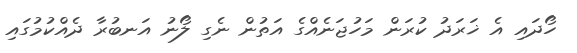
ހޯދައި އެ ޚަރަދު ކުރަން މަހުޖަނެއްގެ އަތުން ނެގި ލޯނު އަނބުރާ ދެއްކުމުގައި